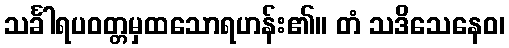
သင်္ခါရပဝတ္တမှထသောရဟန်း၏။ တံ သဒိသေနေဝ၊